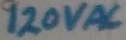
Text: 120VAC